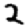
Digit: 2